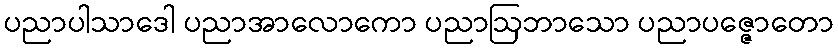
ပညာပါသာဒေါ ပညာအာလောကော ပညာဩဘာသော ပညာပဇ္ဇောတော